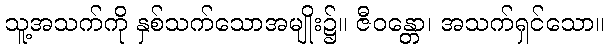
သူ့အသက်ကို နှစ်သက်သောအမျိုး၌။ ဇီဝန္တော၊ အသက်ရှင်သော။